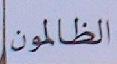
الظالون